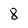
Character: 8